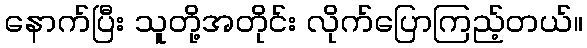
နောက်ပြီး သူတို့အတိုင်း လိုက်ပြောကြည့်တယ်။